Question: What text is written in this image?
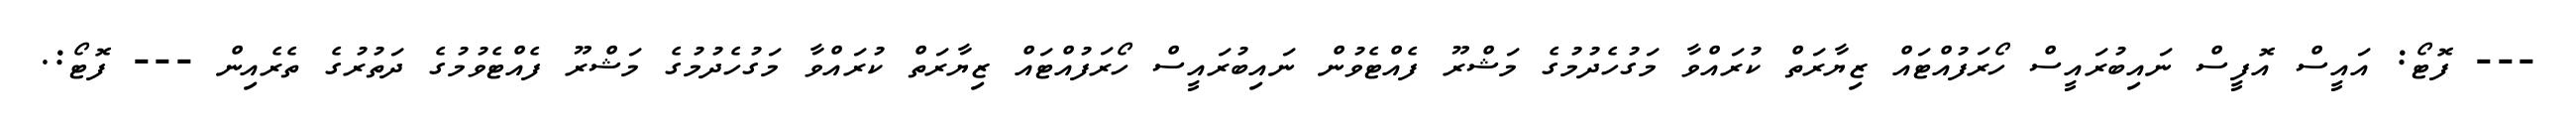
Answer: --- ފޮޓޯ: އައީސް އޮފީސް ނައިބުރައީސް ހޯރަފުއްޓައް ޒިޔާރަތް ކުރައްވާ މަގުހެދުމުގެ މަޝްރޫ ފެއްޓެވުން ނައިބުރައީސް ހޯރަފުއްޓައް ޒިޔާރަތް ކުރައްވާ މަގުހެދުމުގެ މަޝްރޫ ފެއްޓެވުމުގެ ދަތުރުގެ ތެރެއިން --- ފޮޓޯ:.